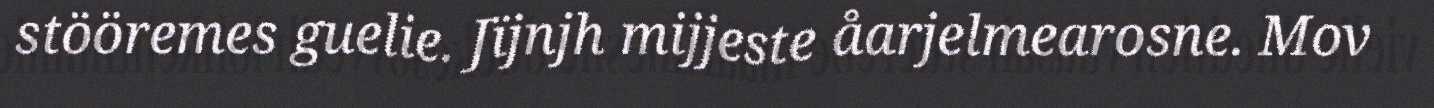
stööremes guelie. Jïjnjh mijjeste åarjelmearosne. Mov